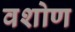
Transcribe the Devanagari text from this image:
वशोण